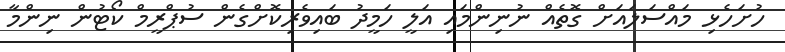
ހުށަހެޅި މައްސަލައަށް ގޮތެއް ނުނިންމައި އަލީ ހަމީދު ބައިވެރިކޮށްގެން ސުޕްރީމް ކޯޓުން ނިންމާ